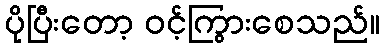
ပိုပြီးတော့ ဝင့်ကြွားစေသည်။